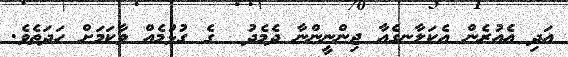
އަދި އެއުރެން އެކަލާނގެއާ ޖިންނީންނާ ދެމެދު  ގެ ގުޅުމެއް ވާކަމަށް ހަދަތެވެ.